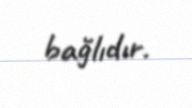
bağlıdır.